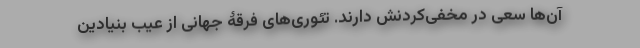
آن‌ها سعی در مخفی‌کردنش دارند. تئوری‌های فرقۀ جهانی از عیب بنیادین